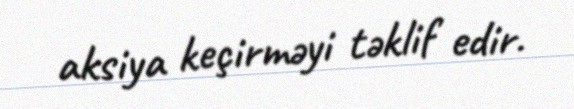
aksiya keçirməyi təklif edir.